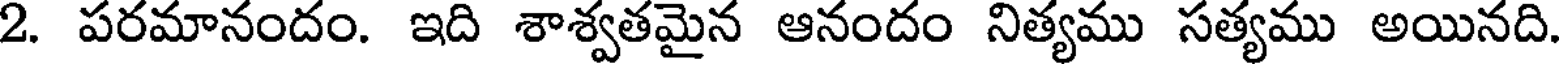
2. పరమానందం. ఇది శాశ్వతమైన ఆనందం నిత్యము సత్యము అయినది.